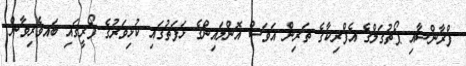
ފްރާންސާއި ޕޯޗުގަލްގެ އެފްރިކާގެ ތަރިން އަވަސް އޮންލައިންގެ ޅަފަތުގައި ކުޅިވަރުގެ ފޯރީގައި ބައވެރިވާން